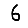
Digit: 6